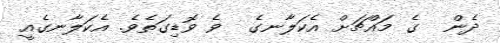
ދެން  ގެ މައްޗަށް އެކަލާނގެ  ވެ ވޮޑިގަތެވެ. އެކަލާނގެއީ